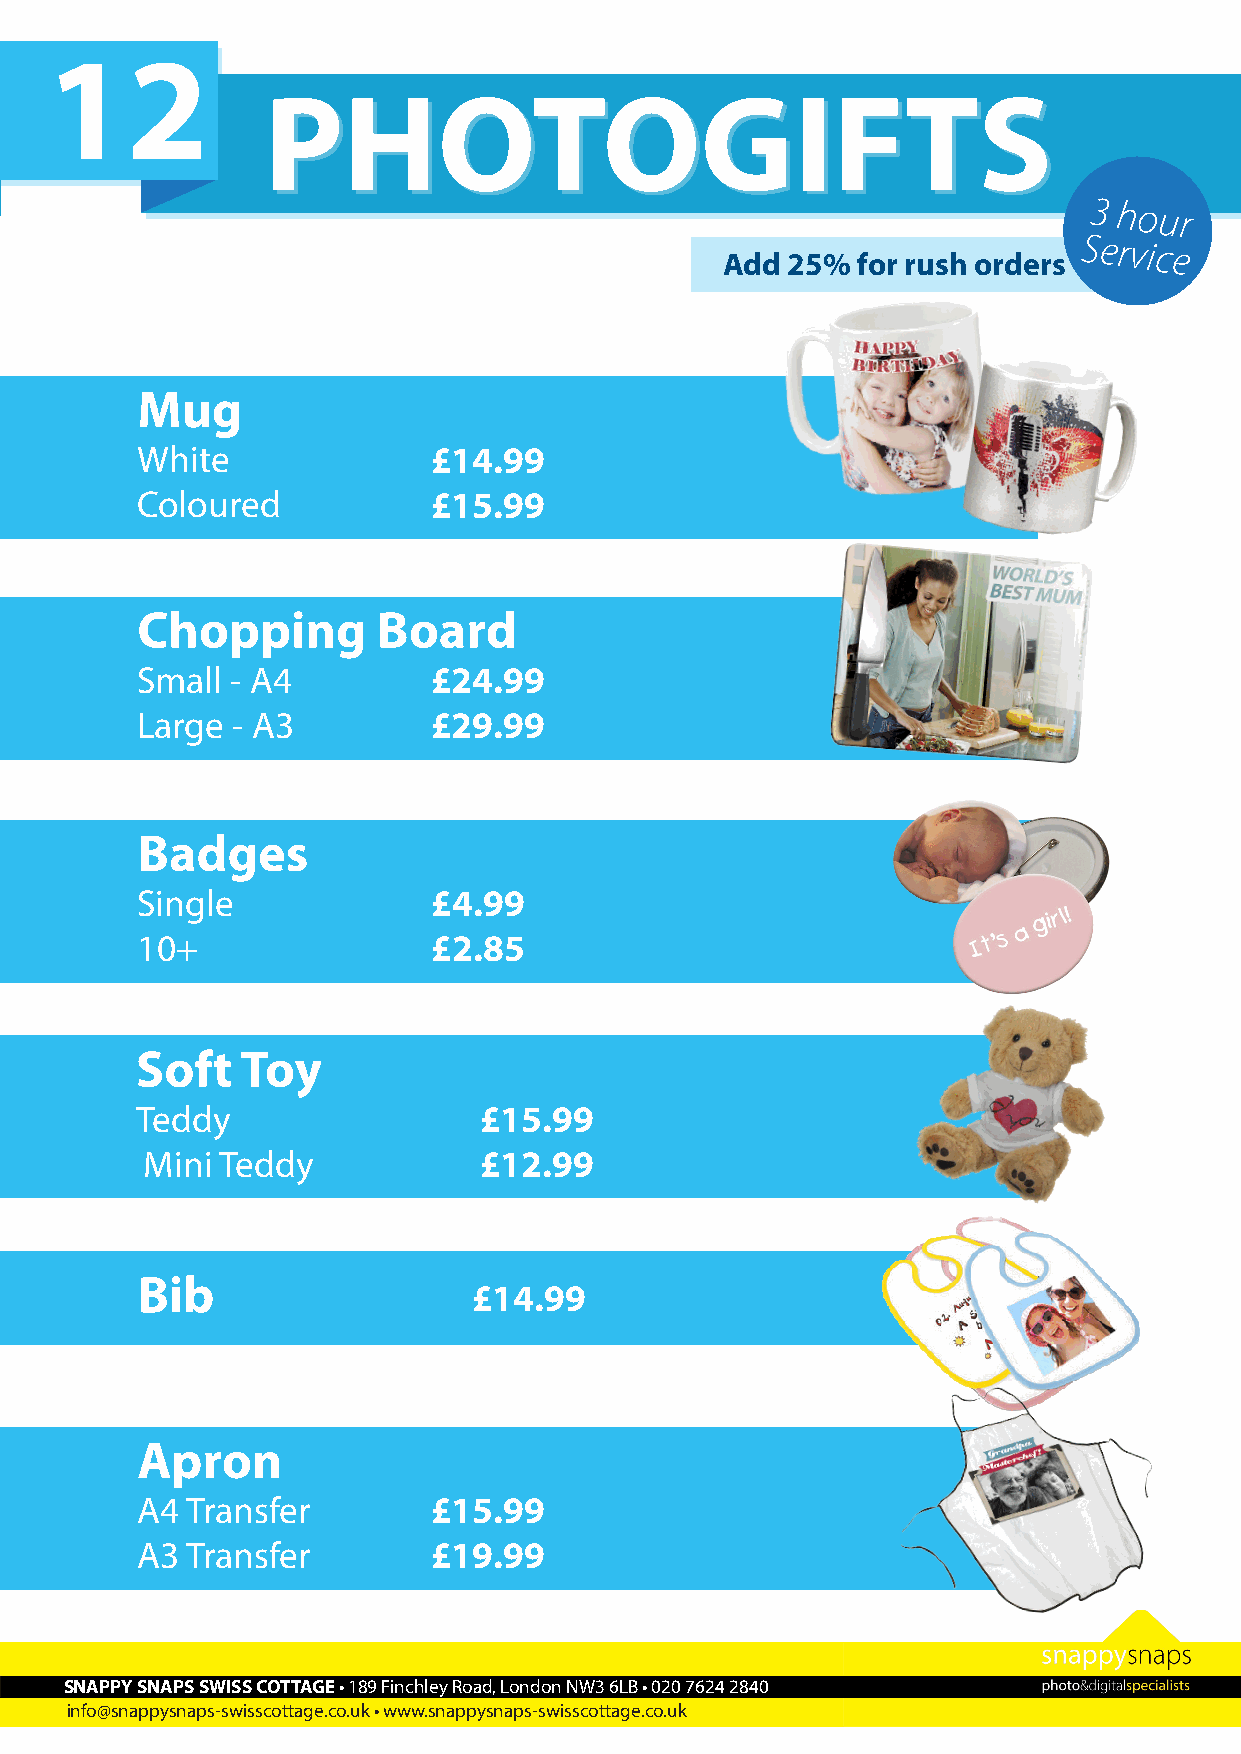
12
 PPHHOOTTOOGGIIFFTTSS
 3 hour
 Add 25%  for rush orders
 Service
 Mug
 White               £14.99
 Coloured            £15.99
 Chopping        Board
 Small - A4          £24.99
 Large - A3          £29.99
 Badges
 Single              £4.99
 10+                 £2.85
 Soft   Toy
 Teddy                  £15.99
 Mini Teddy            £12.99
 Bib
 £14.99
 Apron
 A4 Transfer         £15.99
 A3 Transfer         £19.99
 SNAPPY SNAPS SWISS COTTAGE • 189 Finchley Road, London NW3 6LB • 020 7624 2840
 info@snappysnaps-swisscottage.co.uk • www.snappysnaps-swisscottage.co.uk